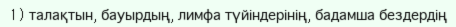
1)	талақтын, бауырдың, лимфа түйіндерінің, бадамша бездердің